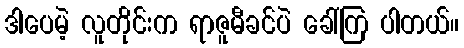
ဒါပေမဲ့ လူတိုင်းက ရာဇူမီခင်ပဲ ခေါ်ကြ ပါတယ်။